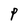
Character: P